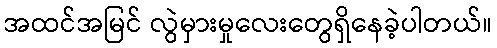
အထင်အမြင် လွဲမှားမှုလေးတွေရှိနေခဲ့ပါတယ်။